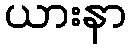
ယားနာ